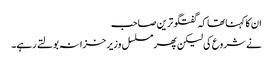
ان کا کہناتھا کہ گفتگو ترین صاحب
نے شروع کی لیکن پھر مسلسل وزیر خزانہ بولتے رہے۔